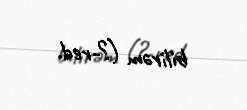
bilirəm (?-red.